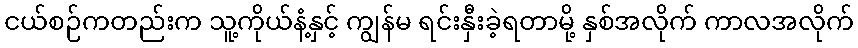
ငယ်စဉ်ကတည်းက သူ့ကိုယ်နံ့နှင့် ကျွန်မ ရင်းနှီးခဲ့ရတာမို့ နှစ်အလိုက် ကာလအလိုက်